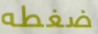
ضغطه